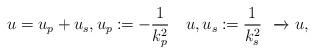
LaTeX: \begin{align*}u = u_p + u_s, u_p \coloneqq -\frac{1}{k^2_p} \ \ \ u, u_s \coloneqq \frac{1}{k^2_s} \ \ \overrightarrow{} \ u, \end{align*}